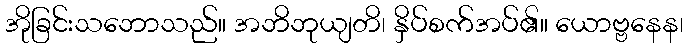
အိုခြင်းသဘောသည်။ အဘိဘုယျတိ၊ နှိပ်စက်အပ်၏။ ယောဗ္ဗနေန၊